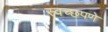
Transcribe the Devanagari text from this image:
स्वच्छपणे